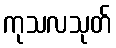
ကုသလသုတ်